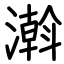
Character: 濣